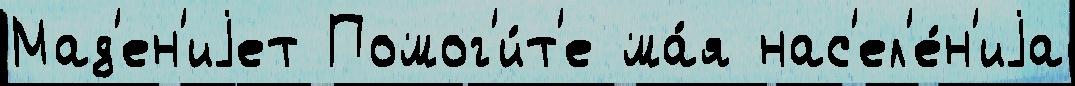
Мад'ен'иjет Помог'и́т'е ма́я нас'ел'е́н'иjа